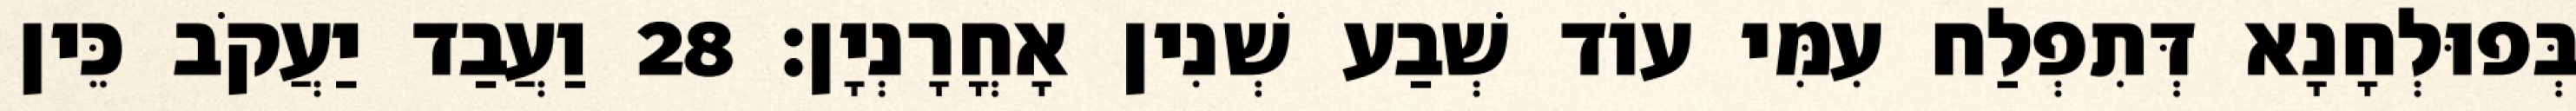
בְּפוּלְחָנָא דְּתִפְלַח עִמִּי עוֹד שְׁבַע שְׁנִין אָחֳרָנְיָן׃ 28 וַעֲבַד יַעֲקֹב כֵּין